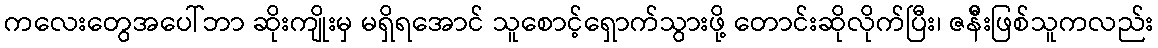
ကလေးတွေအပေါ်ဘာ ဆိုးကျိုးမှ မရှိရအောင် သူစောင့်ရှောက်သွားဖို့ တောင်းဆိုလိုက်ပြီး၊ ဇန်ီးဖြစ်သူကလည်း